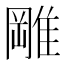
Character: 𨿺